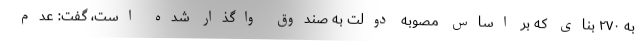
به ۲۷۰ بنای که بر اساس مصوبه دولت به صندوق واگذار شده است، گفت: عدم